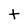
Character: t